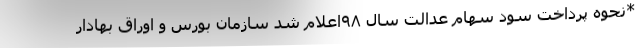
*نحوه پرداخت سود سهام عدالت سال ٩٨اعلام شد سازمان بورس و اوراق بهادار